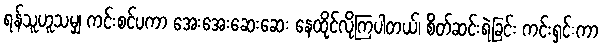
ရန်သူဟူသမျှ ကင်းစင်ပကာ အေးအေးဆေးဆေး နေထိုင်လိုကြပါတယ်၊ စိတ်ဆင်းရဲခြင်း ကင်းရှင်းကာ